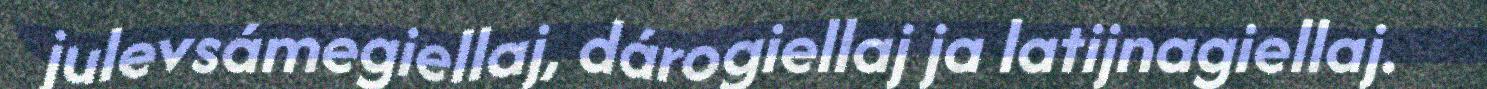
julevsámegiellaj, dárogiellaj ja latijnagiellaj.